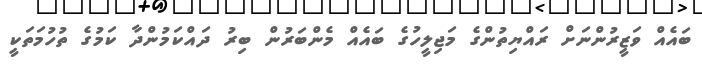
ބައެއް ވަޒީރުންނަށް ރައްޔިތުންގެ މަޖިލީހުގެ ބައެއް މެންބަރުން ބިރު ދައްކަމުންދާ ކަމުގެ ތުހުމަތަކީ